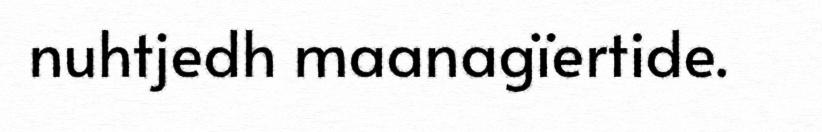
nuhtjedh maanagïertide.